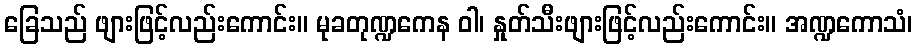
ခြေသည် ဖျားဖြင့်လည်းကောင်း။ မုခတုဏ္ဍကေန ဝါ၊ နှုတ်သီးဖျားဖြင့်လည်းကောင်း။ အဏ္ဍကောသံ၊